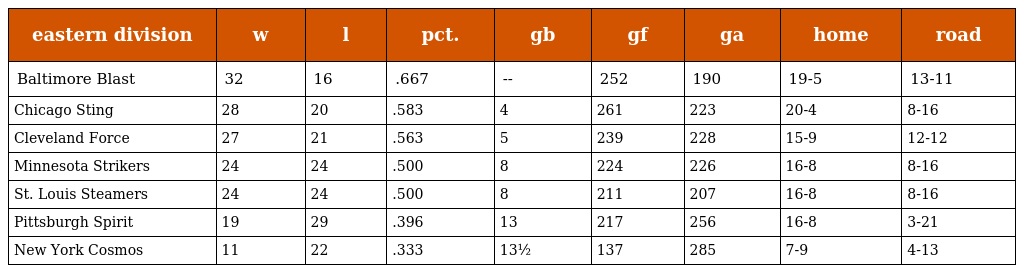
| eastern division | w | l | pct. | gb | gf | ga | home | road |
 | --- | --- | --- | --- | --- | --- | --- | --- | --- |
 | Baltimore Blast | 32 | 16 | .667 | -- | 252 | 190 | 19-5 | 13-11 |
 | Chicago Sting | 28 | 20 | .583 | 4 | 261 | 223 | 20-4 | 8-16 |
 | Cleveland Force | 27 | 21 | .563 | 5 | 239 | 228 | 15-9 | 12-12 |
 | Minnesota Strikers | 24 | 24 | .500 | 8 | 224 | 226 | 16-8 | 8-16 |
 | St. Louis Steamers | 24 | 24 | .500 | 8 | 211 | 207 | 16-8 | 8-16 |
 | Pittsburgh Spirit | 19 | 29 | .396 | 13 | 217 | 256 | 16-8 | 3-21 |
 | New York Cosmos | 11 | 22 | .333 | 13½ | 137 | 285 | 7-9 | 4-13 |